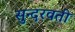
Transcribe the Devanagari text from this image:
सुन्दरवती